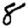
Digit: 8